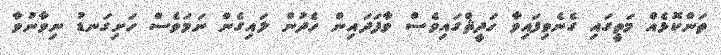
ތަންކޮޅެއް މަތީގައި ގެނެވިފައިވާ ހަދީޘްގައިވެސް ވާފަދައިން ހެދުން ލައިގެން ނަމަވެސް ހަށިގަނޑު ނިވާނުވާ